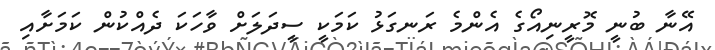
އޭނާ ބުނީ މޮރީނިއޯގެ އެންމެ ރަނގަޅު ކަމަކީ ސީދަލަށް ވާހަކަ ދެއްކުން ކަމަށާއި